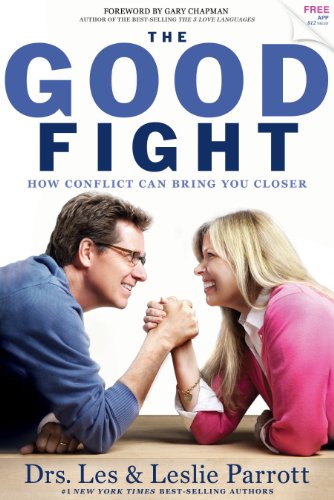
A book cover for The Good Fight; Drs. Les & Leslie Parrott; Parenting & Relationships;